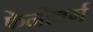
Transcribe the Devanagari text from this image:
फेनोवर्ग